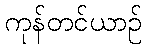
ကုန်တင်ယာဉ်